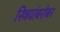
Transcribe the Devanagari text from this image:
स्त्रियांबरोबर